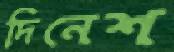
দিনেশ